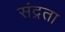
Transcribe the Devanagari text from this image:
संद्रता